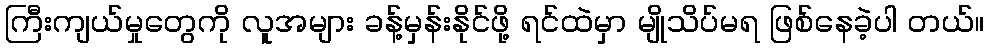
ကြီးကျယ်မှုတွေကို လူအများ ခန့်မှန်းနိုင်ဖို့ ရင်ထဲမှာ မျိုသိပ်မရ ဖြစ်နေခဲ့ပါ တယ်။